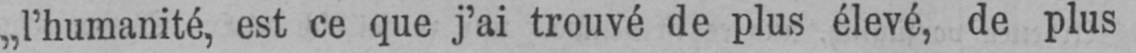
„l’humanité, est ce que j’ai trouvé de plus élevé, de plus